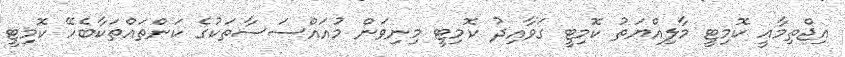
އިޖްތިމާޢީ ކޮމިޓީ މާލިއްޔަތު ކޮމިޓީ ގަވާއިދު ކޮމިޓީ މިނިވަން މުއައްސަސާތަކުގެ ކަންތައްތަކާބެހޭ ކޮމިޓީ